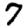
Digit: 7